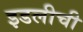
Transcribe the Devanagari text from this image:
इडलीची